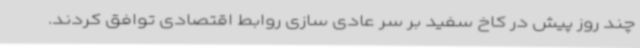
چند روز پیش در کاخ سفید بر سر عادی سازی روابط اقتصادی توافق کردند.